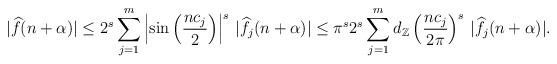
LaTeX: \begin{align*} |{\widehat f}(n+\alpha)|\le 2^s\sum_{j=1}^m\left|\sin \left(\frac{nc_j}{2}\right)\right|^s\, |{\widehat {f_j}}(n+\alpha)|\le \pi^s 2^s\sum_{j=1}^md_{\mathbb Z}\left( \frac{nc_j}{2\pi}\right)^s\, |{\widehat {f_j}}(n+\alpha)|.\end{align*}